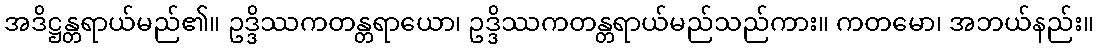
အဒိဋ္ဌန္တရာယ်မည်၏။ ဥဒ္ဒိဿကတန္တရာယော၊ ဥဒ္ဒိဿကတန္တရာယ်မည်သည်ကား။ ကတမော၊ အဘယ်နည်း။